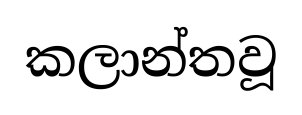
කලාන්තවූ